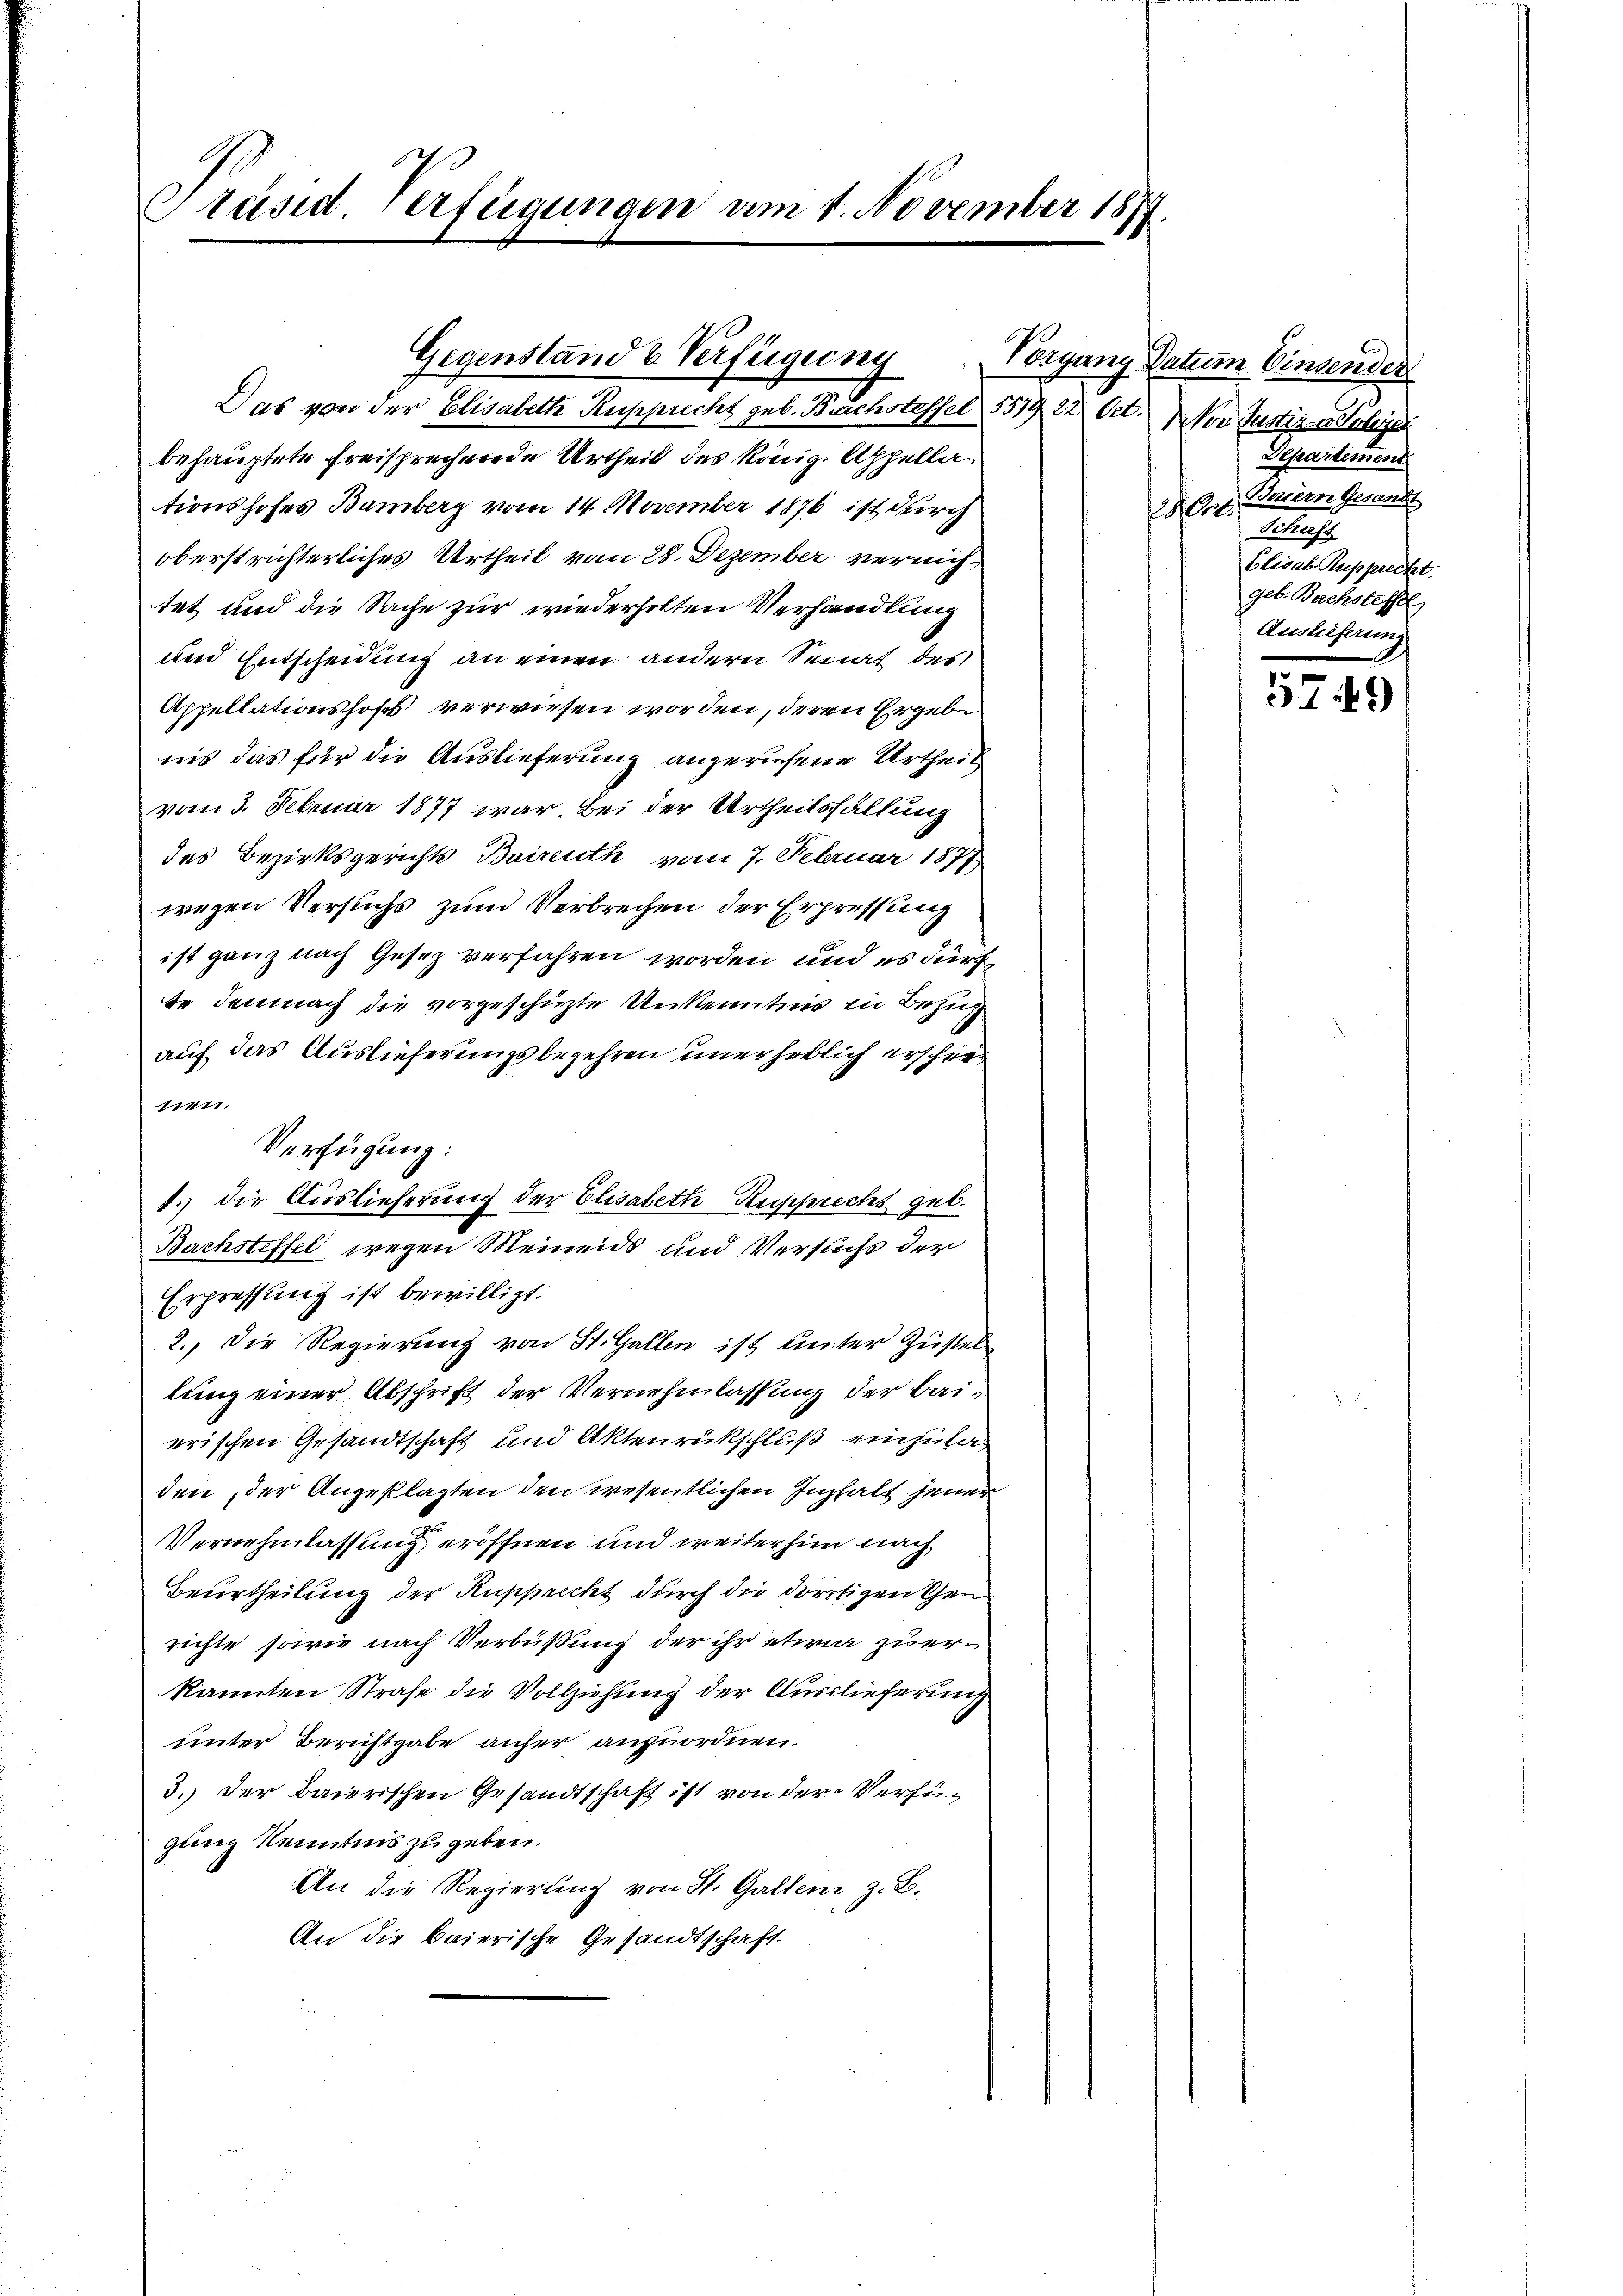
Präsid. Verfügungen am 1. November 1877.

Das von der Elisabeth Rupprecht geb. Buchstessel 1517 22. Oct. Vor Justiz- u Gelege
behauptete freisprechende Urtheil des König. Appellationshofes Bamberg vom 14. November 1876 ist durch
oberstrichterliches Urtheil vom 28. Dezember vernichtet und die Sache zur wiederholten Verhandlung
und Entscheidung an einen andern Senat des
Appellationshofs verwiesen worden, deren Ergebe
nis das für die Auslieferung angerufene Urtheil
vom 3. Februar 1877 war. Bei der Urtheilsfällung
des Bezirksgerichts Baireuth vom 7. Februar 1877
wegen Versuchs zum Verbrechen der Erpressung
ist ganz nach Gesez verfahren worden, und es dürf
te demnach die vorgeschüzte Unkenntnis in Bezug
auf das Auslieferungsbegehren unerheblich erschie¬
11111.
Verfügung:
1.) die Auslieferung der Elisabeth Rupprecht geb.
Bachsteffel wegen Meinends und Versuchs der
Erpressung ist bewilligt.
2.) Die Regierung von St. Gallen ist unter Zustel
lung einer Abschrift der Vernehmlassung der Baierischen Gesandtschaft und Aktenrückschluß einzuladen, der Angeklagten den wesentlichen Inhalt jener
Vernehmlassung eröffnen und weiterhin nach
Beurtheilung der Rupprecht durch die dortigen Genrichte, sowie nach Verbüßung der ihr etwa zuerkannten Strafe die Vollziehung der Auslieferung
unter Berichtgabe anher anzuordnen.
3.) Der Baierischen Gesandtschaft ist von der Verfügung Kenntnis zu geben.
An die Regierŭng von St. Gallenz, z. B.
An die baierische Gesandtschaft.

Gegenstand & Verfügung

Vorgang Datum Einsender
Departement
Bautern Gesandt
tle
Betrachte
Elisab Rupprecht.
geb. Bachstessel
Auslieferung

5749